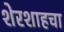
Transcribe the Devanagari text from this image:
शेरशाहचा